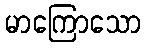
မာကြောသော